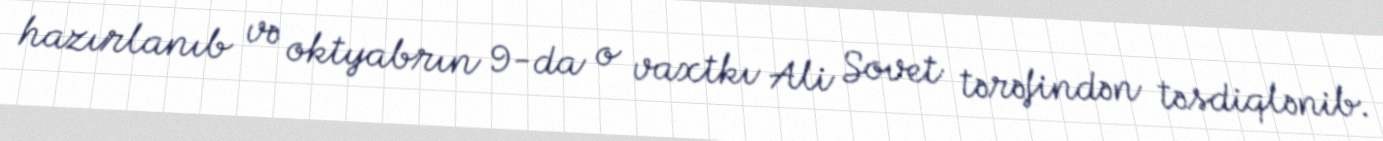
hazırlanıb və oktyabrın 9-da o vaxtkı Ali Sovet tərəfindən təsdiqlənib.